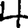
Digit: 4